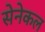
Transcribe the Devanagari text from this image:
सेनेकल